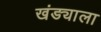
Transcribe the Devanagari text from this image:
खंड्याला